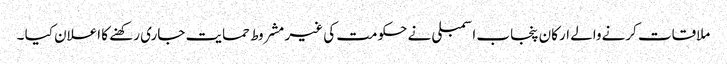
ملاقات کرنےوالے ارکان پنجاب اسمبلی نے حکومت کی غیر مشروط حمایت جاری رکھنے کا اعلان کیا ۔